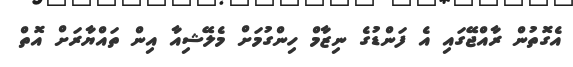
އެގޮތުން ރާއްޖޭގައި އެ ފަންޑުގެ ނިޒާމް ހިންގުމަށް މެލޭޝިއާ އިން ތައްޔާރަށް އޮތް